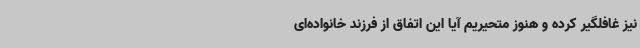
نیز غافلگیر کرده و هنوز متحیریم آیا این اتفاق از فرزند خانواده‌ای